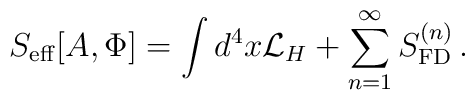
S_{\rm eff}[A, \Phi] = \int d^4 x {\mathcal L}_H + \sum_{n=1}^{\infty} S_{\rm FD}^{(n)}\, .